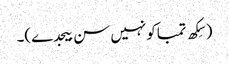
(سِکھ تمباکو نہیں سن بیجدے)۔